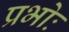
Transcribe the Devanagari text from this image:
प्रभोः